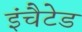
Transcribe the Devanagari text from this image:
इंचैटेड